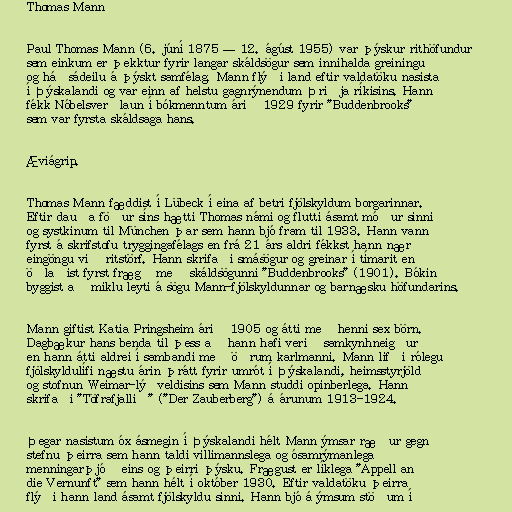
Thomas Mann

Paul Thomas Mann (6. júní 1875 — 12. ágúst 1955) var þýskur rithöfundur
sem einkum er þekktur fyrir langar skáldsögur sem innihalda greiningu
og háðsádeilu á þýskt samfélag. Mann flýði land eftir valdatöku nasista
í Þýskalandi og var einn af helstu gagnrýnendum Þriðja ríkisins. Hann
fékk Nóbelsverðlaun í bókmenntum árið 1929 fyrir "Buddenbrooks"
sem var fyrsta skáldsaga hans.

Æviágrip.

Thomas Mann fæddist í Lübeck í eina af betri fjölskyldum borgarinnar.
Eftir dauða föður síns hætti Thomas námi og flutti ásamt móður sinni
og systkinum til München þar sem hann bjó fram til 1933. Hann vann
fyrst á skrifstofu tryggingafélags en frá 21 árs aldri fékkst hann nær
eingöngu við ritstörf. Hann skrifaði smásögur og greinar í tímarit en
öðlaðist fyrst frægð með skáldsögunni "Buddenbrooks" (1901). Bókin
byggist að miklu leyti á sögu Mann-fjölskyldunnar og barnæsku höfundarins.

Mann giftist Katia Pringsheim árið 1905 og átti með henni sex börn.
Dagbækur hans benda til þess að hann hafi verið samkynhneigður
en hann átti aldrei í sambandi með öðrum karlmanni. Mann lifði rólegu
fjölskyldulífi næstu árin þrátt fyrir umrót í Þýskalandi, heimsstyrjöld
og stofnun Weimar-lýðveldisins sem Mann studdi opinberlega. Hann
skrifaði "Töfrafjallið" ("Der Zauberberg") á árunum 1913-1924.

Þegar nasistum óx ásmegin í Þýskalandi hélt Mann ýmsar ræður gegn
stefnu þeirra sem hann taldi villimannslega og ósamrýmanlega
menningarþjóð eins og þeirri þýsku. Frægust er líklega "Appell an
die Vernunft" sem hann hélt í október 1930. Eftir valdatöku þeirra
flýði hann land ásamt fjölskyldu sinni. Hann bjó á ýmsum stöðum í